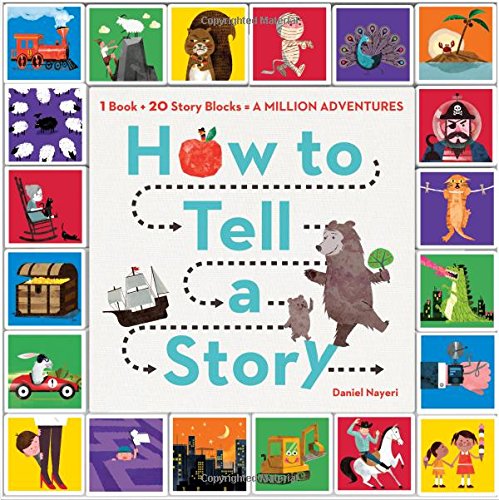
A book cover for How to Tell a Story: 1 Book + 20 Story Blocks = A Million Adventures; Daniel Nayeri; Children's Books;